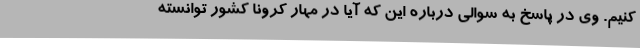
کنیم. وی در پاسخ به سوالی درباره این که آیا در مهار کرونا کشور توانسته